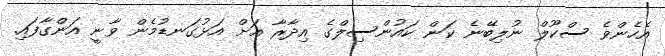
އެހެންވެ ސްކޫލް ނުލިބޭނެ ކަން ކައުންސިލްގެ އިދާރާ އަށް އަޅުގަނޑުމެން ވާނީ އަންގާފައި.